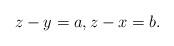
LaTeX: \begin{align*} z-y = a, z-x = b.\end{align*}